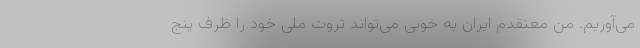
می‌آوریم. من معتقدم ایران به خوبی می‌تواند ثروت ملی خود را ظرف پنج